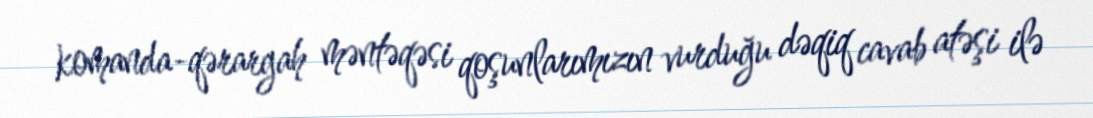
komanda-qərargah məntəqəsi qoşunlarımızın vurduğu dəqiq cavab atəşi ilə